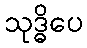
သုဒ္ဓိပေ